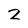
Character: 2